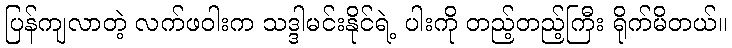
ပြန်ကျလာတဲ့ လက်ဖဝါးက သဒ္ဒါမင်းနိုင်ရဲ့ ပါးကို တည့်တည့်ကြီး ရိုက်မိတယ်။